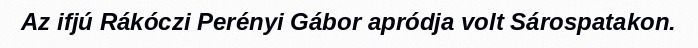
Az ifjú Rákóczi Perényi Gábor apródja volt Sárospatakon.